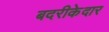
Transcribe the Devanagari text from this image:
बदरीकेदार